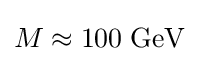
M\approx \mathrm {100\;GeV}